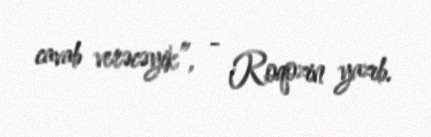
cavab verəcəyik”, - Roqozin yazıb.